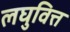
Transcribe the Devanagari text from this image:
लघुवित्त